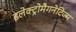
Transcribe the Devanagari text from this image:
इलेक्ट्रोमैगनेटिज्म